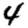
Digit: 4